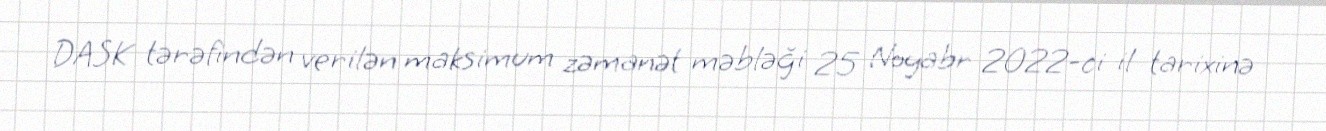
DASK tərəfindən verilən maksimum zəmanət məbləği 25 Noyabr 2022-ci il tarixinə